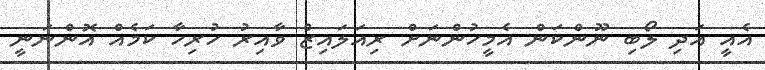
އެއީ އަދި ލޯބި ނޫންކަން އެމީހުންނަށް ރިއަލައިޒް ވާއިރު ހުރިހާ ކަމެއް އޮންނަނީ